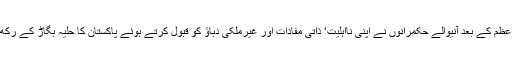
قائداعظم کے بعد آنیوالے حکمرانوں نے اپنی نااہلیت‘ ذاتی مفادات اور غیرملکی دباﺅ کو قبول کرتے ہوئے پاکستان کا حلیہ بگاڑ کے رکھ دیا۔